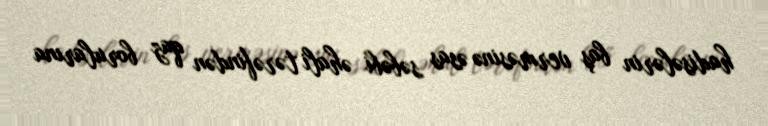
hadisələrin baş verməsinə əsas səbəbi əhali tərəfindən qaz borularına